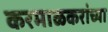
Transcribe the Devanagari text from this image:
करमाळकरांच्या